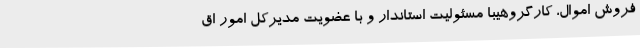
فروش اموال، کارگروهیبا مسئولیت استاندار و با عضویت مدیرکل امور اق